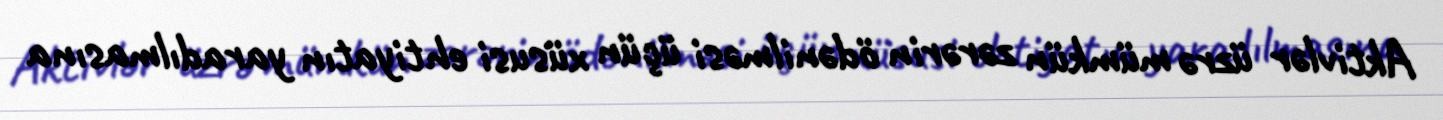
Aktivlər üzrə mümkün zərərin ödənilməsi üçün xüsusi ehtiyatın yaradılmasına